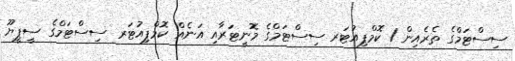
ސިސްޓަމްގެ ތެރެއިން 1 ކޮމްޕިއުޓަރ ސިސްޓަމްގެ މޮނީޓަރާއި އަނެއް ކޮމްޕިއުޓަރ ސިސްޓަމްގެ ސީޕީޔޫ